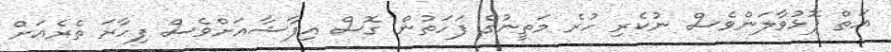
އަތް ފޮޅުވާލަންވެސް ނުކެރި ހުރެ މަތީނުގެ ފަހަތުން ގޮސް އިފާޝާއަށްވެސް ފިހާރަ ތެރެއަށް